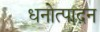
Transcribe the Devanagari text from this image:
धनोत्पादन